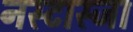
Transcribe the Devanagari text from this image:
नस्टास्जा